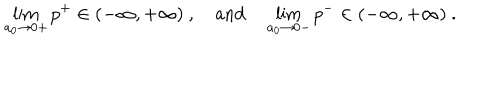
\lim _ { a _ { 0 } \to 0 + } p ^ { + } \in ( - \infty , + \infty ) ~ , \quad \mathrm { a n d } \quad \lim _ { a _ { 0 } \to 0 - } p ^ { - } \in ( - \infty , + \infty ) ~ .